Lunatic asylums Burma 1922-24 - 1922-1924
Year: 1922
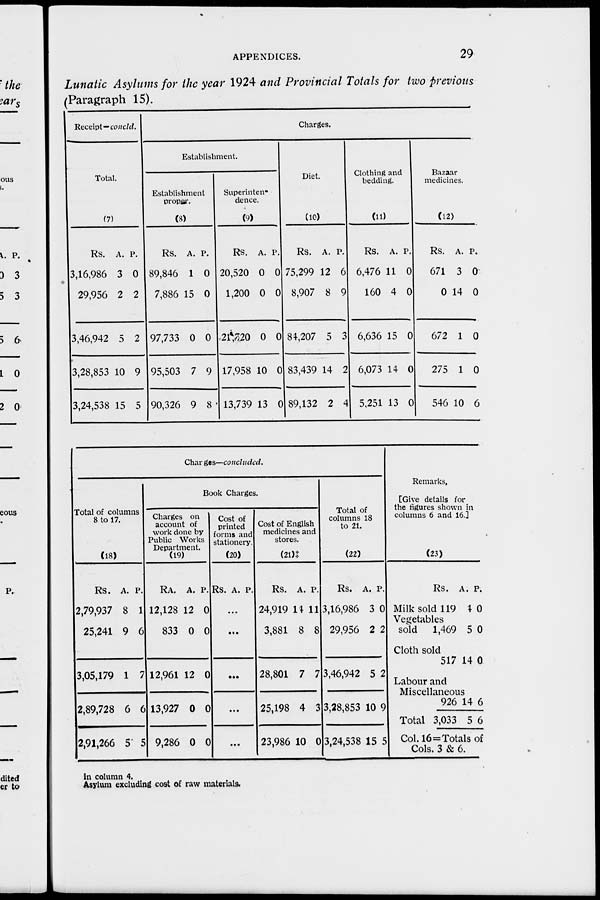
APPENDICES.
29
Lunatic Asylums for the year 1924 and Provincial Totals for two previous
(Paragraph 15).
Receipt—concld.
Total.
(7)
Rs.
3,16,986
29,956
3,46,942
3,28,853
3,24,538
A.
3
2
5
10
15
P.
0
2
2
9
5
Charges.
Establishment.
Establishment
proper.
(8)
Rs.
89,846
7,886
97,733
95,503
90,326
A.
1
15
0
7
9
P.
0
0
0
9
8
Superinten-
dence.
(9)
Rs.
20,520
1,200
21,820
17,958
13,739
A.
0
0
0
10
13
P.
0
0
0
0
0
Diet.
(10)
Rs.
75,299
8,907
84,207
83,439
89,132
A.
12
8
5
14
2
P.
6
9
3
2
4
Clothing and
bedding.
(11)
Rs.
6,476
160
6,636
6,073
5,251
A.
11
4
15
14
13
P.
0
0
0
0
0
Bazaar
medicines.
(12)
Rs.
671
0
672
275
546
A.
3
14
1
1
10
P.
0
0
0
0
6
Charges—concluded.
Total of columns
8 to 17.
(18)
Rs.
2,79,937
25,241
3,05,179
2,89,728
2,91,266
A.
8
9
1
6
5
P.
1
6
7
6
5
Book Charges.
Charges on
account of
work done by
Public Works
Department.
(19)
Rs.
12,128
833
12,961
13,927
9,286
A.
12
0
12
0
0
P.
0
0
0
0
0
Cost of
printed
forms and
stationery.
(20)
Rs. A. P.
...
...
...
...
...
Cost of English
medicines and
stores.
(21)‡
Rs.
24,919
3,881
28,801
25,198
23,986
A.
14
8
7
4
10
P.
11
8
7
3
0
Total of
columns 18
to 21.
(22)
Rs.
3,16,986
29,956
3,46,942
3,28,853
3,24,538
A.
3
2
5
10
15
P.
0
2
2
9
5
Remarks.
[Give details for
the figures shown in
columns 6 and 16.]
(23)
Milk sold
Vegetables
sold
Cloth sold
Labour and
Miscellaneous
Total
Rs.
119
1,469
517
926
3,033
A.
4
5
14
14
5
P.
0
0
0
6
6
Col. 16=Totals of
Cols. 3 & 6.
in column 4.
Asylum excluding cost of raw materials.